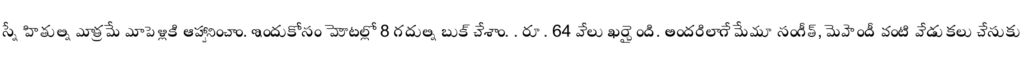
స్నేహితుల్ని మాత్రమే మా పెళ్లికి ఆహ్వానించాం. ఇందుకోసం హోటల్లో 8 గదుల్ని బుక్ చేశాం. . రూ. 64 వేలు ఖర్చైంది. అందరిలాగే మేమూ సంగీత్, మెహెందీ వంటి వేడుకలు చేసుకు